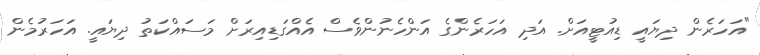
"އަހަރެން ދިޔައީ ޑިއުޓީއަށް. އަދި އަހަރެންގެ އަންހެނުންވެސް އެއްގަޑިއިރަށް މަސައްކަތު ދިޔައީ. އަހަރުމެން